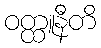
ဝတ္ထူနီတိ